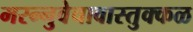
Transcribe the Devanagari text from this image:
मरन्नुवेचावास्तुक्कळ